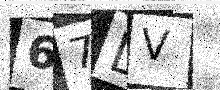
Text: 67DV